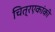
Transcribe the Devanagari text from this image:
चित्रएकांकी